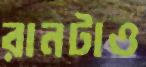
রানটাও